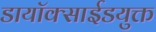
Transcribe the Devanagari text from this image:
डायॉक्साईडयुक्त